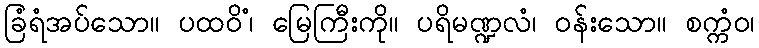
ခြံရံအပ်သော။ ပထဝိံ၊ မြေကြီးကို။ ပရိမဏ္ဍလံ၊ ဝန်းသော။ စက္ကံဝ၊